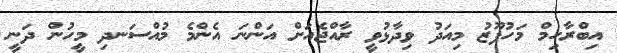
އިބްރާހިމް މަހުފޫޒު މިއަދު ވިދާޅުވީ ރާއްޖެއަށް އަންނަ އެންމެ މުއްސަނދި މީހުން ދަނީ